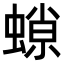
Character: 𧎾